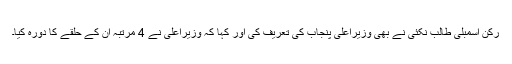
رکن اسمبلی طالب نکئی نے بھی وزیراعلی پنجاب کی تعریف کی اور کہا کہ وزیراعلی نے 4 مرتبہ ان کے حلقے کا دورہ کیا۔